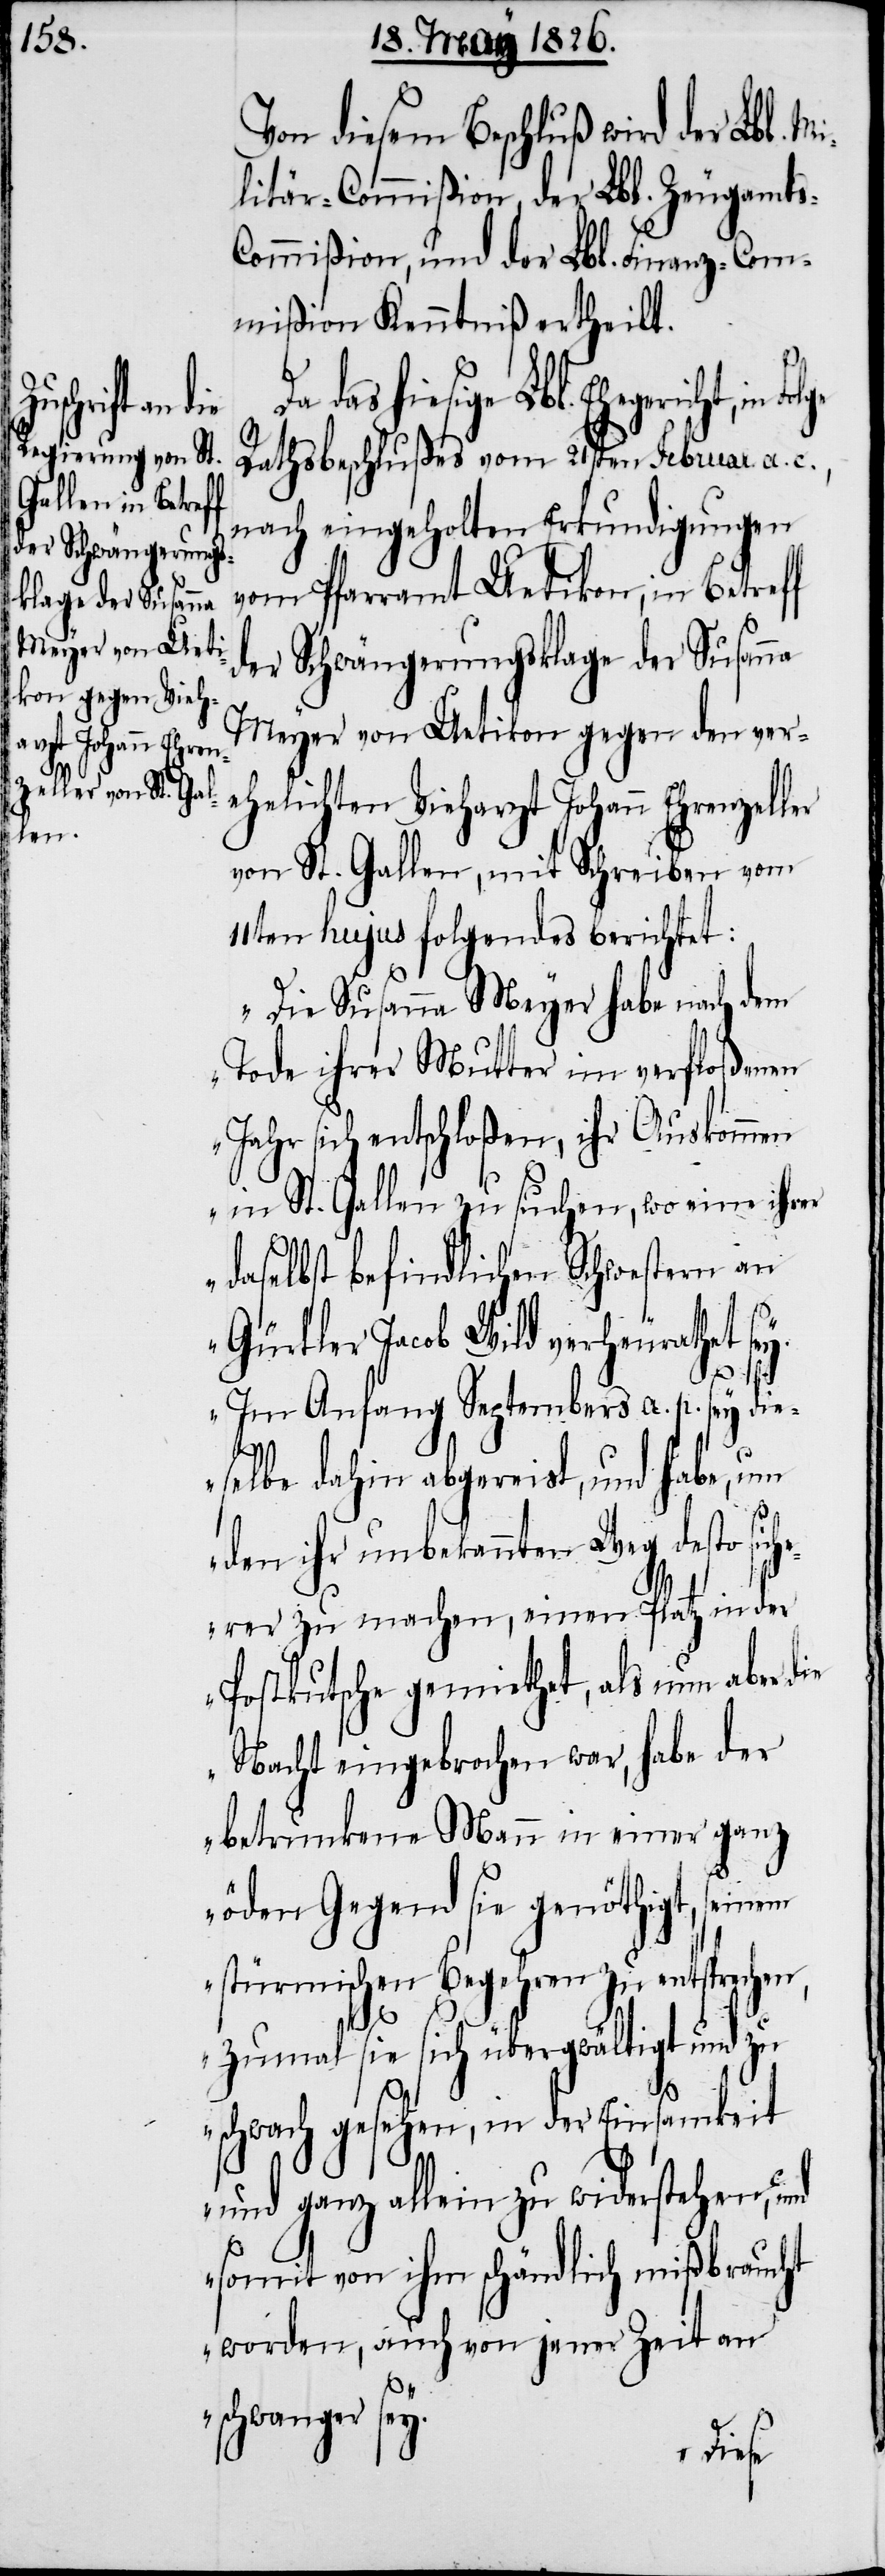
Von diesem Beschluß wird der Lbl. Mi¬
litär-Commißion, der Lbl. Zeugamt¬
ommißion, und der Lbl. Finanz-Com¬
mißion Kenntniß ertheilt.
das hiesige Lbl. Ehegericht, in
Rathsbeschlußes vom 21sten Februar a.
nach eingeholten Erkundigungen
vom Pfarramt Uetikon, in Betreff
der Schwängerungsklage der Susanna
Meyer von Uetikon gegen den ver¬
ehelichten Vieharzt Johann Ehrenzeller
von St. Gallen, mit Schreiben vom
11ten hujus folgendes berichtet:
„Die Susanna Meyer habe nach dem
Tode ihrer Mutter im verfloßenen
Jahr sich entschloßen, ihr Auskommen
in St. Gallen zu suchen, wo eine ihrer
daselbst befindlichen Schwestern an
Gürtler Jacob Wild verheurathet se¬
y.
Im Anfang Septembers a. p. sey die¬
selbe dahin abgereist, und habe, um
den ihr unbekannten Weg desto sich¬
erer zu machen, einen Platz in der
Postkutsche gemiethet, als nun aber die
Nacht eingebrochen war, habe der
betrunkene Mann in einer ganz
öden Gegend sie genöthigt, seinem
stürmischen Begehren zu entsprechen,
zumal sie sich übergwältigt und
schwach gesehen, in der Einsamkeit
und ganz allein zu widerstehen, und
somit von ihm schändlich mißbraucht
worden, auch von jener Zeit an
schwanger sey.